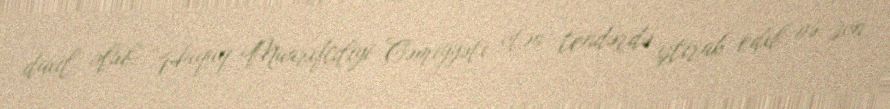
daxil olub: “Hüquq Maarifçiliyi Cəmiyyəti ötən tendərdə iştirak edib və son